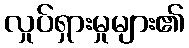
လှုပ်ရှားမှုများ၏